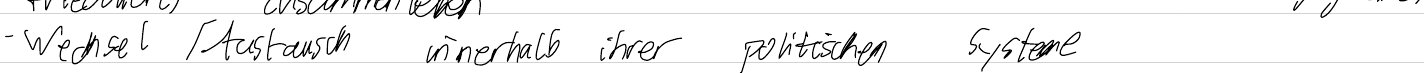
- Wechsel / Austausch innerhalb ihrer politischen Systeme